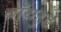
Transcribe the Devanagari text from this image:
बॉयहुड